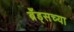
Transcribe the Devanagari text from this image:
ब्रँड्सच्या